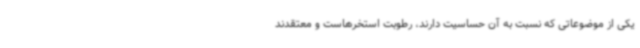
یکی از موضوعاتی که نسبت به آن حساسیت دارند، رطوبت استخرهاست و معتقدند